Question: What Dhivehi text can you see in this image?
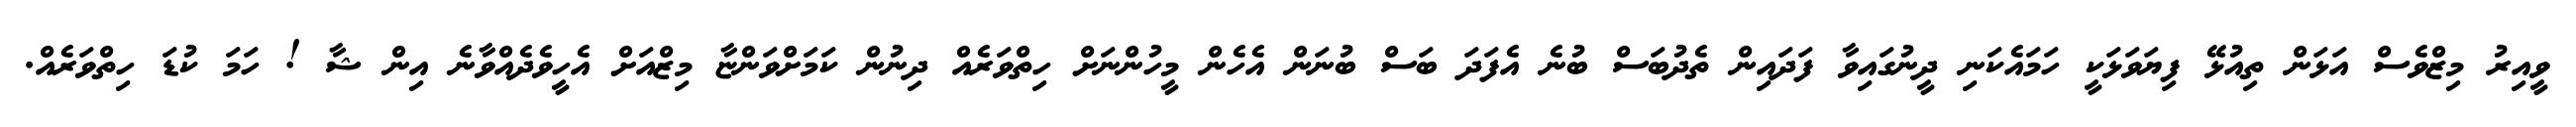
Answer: ވީއިރު މިޒްވެސް އަޅަން ތިއުޅޭ ފިޔަވަޅަކީ ހަމައެކަނި ދީނުގައިވާ ފަދައިން ތެދުބަސް ބުނެ އެފަދަ ބަސް ބުނަން އެހެން މީހުންނަށް ހިތްވަރެއް ދިނުން ކަމަށްވަންޏާ މިޒްއަށް އެހީވެދެއްވާނެ އިން ޝާ ! ހަމަ ކުޑަ ހިތްވަރެއް.